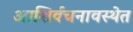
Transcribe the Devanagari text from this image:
आशिर्वचनावस्थेत